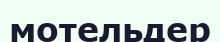
мотельдер